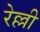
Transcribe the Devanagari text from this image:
रेल्ली